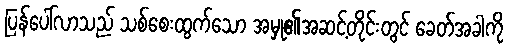
ပြန်ပေါ်လာသည် သစ်စေးထွက်သော အမှု၏အဆင့်တိုင်းတွင် ခေတ်အခါကို